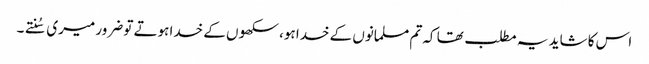
اس کا شاید یہ مطلب تھا کہ تم مسلمانوں کے خدا ہو، سکھوں کے خدا ہوتے تو ضرور میری سُنتے۔